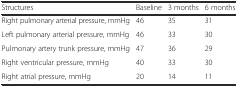
<table><thead><tr><td><b>Structures</b></td><td><b>Baseline</b></td><td><b>3 months</b></td><td><b>6 months</b></td></tr></thead><tbody><tr><td>Right pulmonary arterial pressure, mmHg</td><td>46</td><td>35</td><td>31</td></tr><tr><td>Left pulmonary arterial pressure, mmHg</td><td>46</td><td>33</td><td>30</td></tr><tr><td>Pulmonary artery trunk pressure, mmHg</td><td>47</td><td>36</td><td>29</td></tr><tr><td>Right ventricular pressure, mmHg</td><td>40</td><td>33</td><td>30</td></tr><tr><td>Right atrial pressure, mmHg</td><td>20</td><td>14</td><td>11</td></tr></tbody></table>